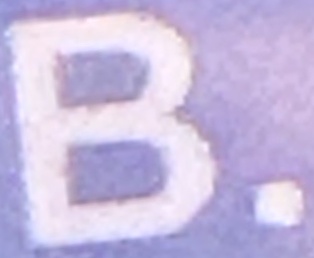
B.